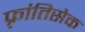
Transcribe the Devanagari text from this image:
फ़्रांतिसेक